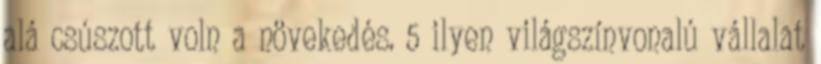
alá csúszott voln a növekedés. 5 ilyen világszínvonalú vállalat